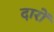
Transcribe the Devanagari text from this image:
दारों